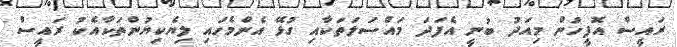
ރައީސް އޮފީހުން މިއަދު ބުނީ އެފަދަ މައްސަލަތަކާއި ގުޅޭ އެންމެހައި ލިޔެކިޔުންތަކާއެކު ރައީސް